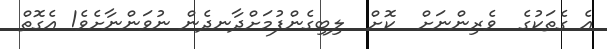
އެ ގެތަކުގެ  ވެރިންނަށް  ކޮށް  ލިބިގެންފުމަށްދާނދެން ނުވަންނާށެވެ! އެގޮތް